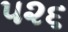
૫૨૬